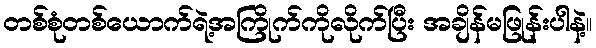
တစ်စုံတစ်ယောက်ရဲ့အကြိုက်ကိုလိုက်ပြီး အချိန်မဖြုန်းပါနဲ့။